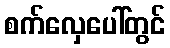
စက်လှေပေါ်တွင်